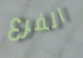
الفرع